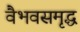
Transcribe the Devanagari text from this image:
वैभवसमृद्ध